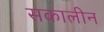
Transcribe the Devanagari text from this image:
सकालीन